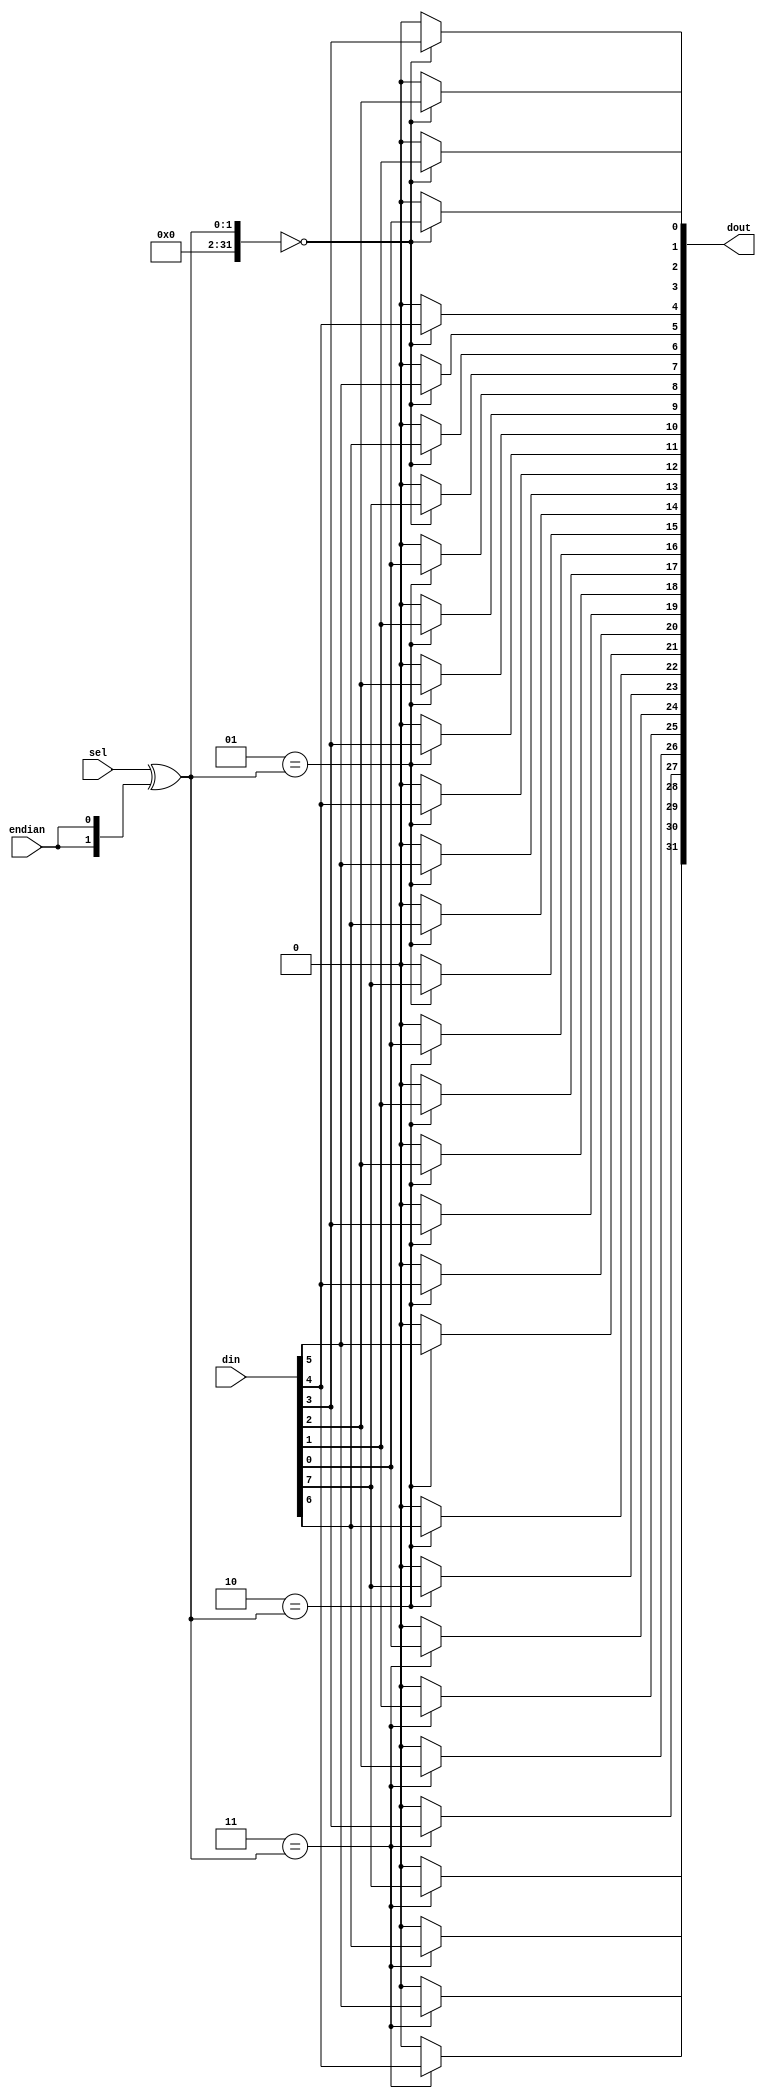
// This program was cloned from: https://github.com/ryuz/jelly
// License: MIT License

// ---------------------------------------------------------------------------
//  Jelly  -- The platform for real-time computing
//
//                                 Copyright (C) 2008-2020 by Ryuz
//                                 https://github.com/ryuz/jelly.git
// ---------------------------------------------------------------------------



`timescale 1ns / 1ps
`default_nettype none


// demultiplexer
module jelly_demultiplexer
        #(
            parameter   SEL_WIDTH = 2,
            parameter   NUM       = (1 << SEL_WIDTH),
            parameter   IN_WIDTH  = 8,
            parameter   OUT_WIDTH = (IN_WIDTH  * NUM),
            
            parameter   SEL_BITS  = SEL_WIDTH > 0 ? SEL_WIDTH : 1
        )
        (
            input   wire                        endian,
            input   wire    [SEL_BITS-1:0]      sel,
            input   wire    [IN_WIDTH-1:0]      din,
            output  wire    [OUT_WIDTH-1:0]     dout
        );
    
    generate
    if ( SEL_WIDTH > 0 ) begin
        reg     [OUT_WIDTH-1:0]     sig_dout;
        
        integer i;
        integer j;
        always @* begin
            sig_dout = {OUT_WIDTH{1'b0}};
            for ( i = 0; i < NUM; i = i + 1 ) begin
                if ( i == (sel ^ {SEL_WIDTH{endian}}) ) begin
                    for ( j = 0; j < IN_WIDTH; j = j + 1 ) begin
                        sig_dout[IN_WIDTH*i + j] = din[j];
                    end
                end
            end
        end
        assign dout = sig_dout;
    end
    else begin
        assign dout = din;
    end
    endgenerate
    
endmodule


`default_nettype wire


// end of file